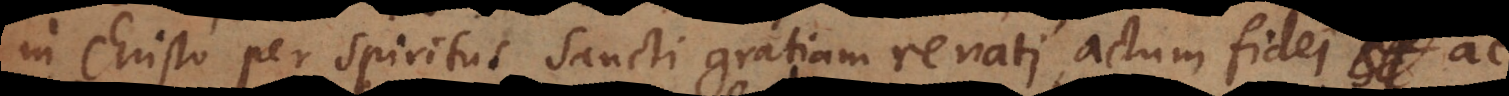
in Christo per Spiritus Sancti gratiam renati, actum fidei et